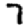
Digit: 7